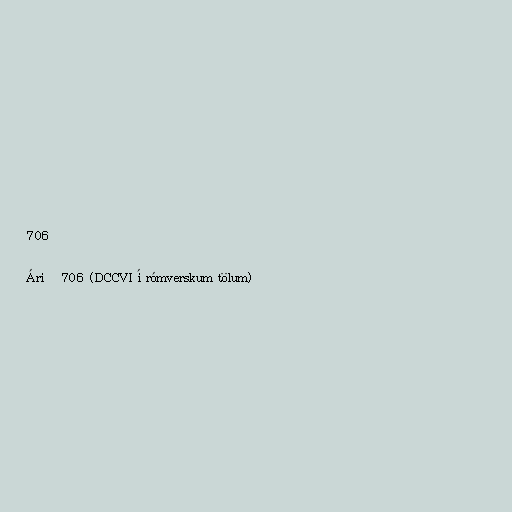
706

Árið 706 (DCCVI í rómverskum tölum)